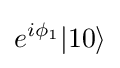
e^{i\phi _{1}}|10\rangle